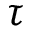
\tau